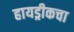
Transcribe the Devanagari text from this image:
हायड्रीकचा